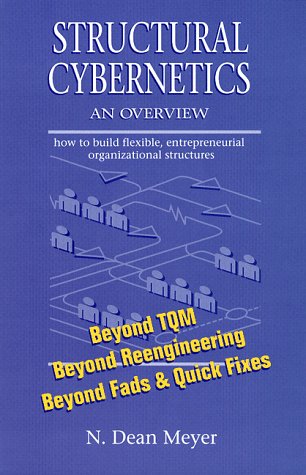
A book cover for Structural Cybernetics: An Overview; N. Dean Meyer; Computers & Technology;